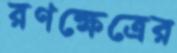
রণক্ষেত্রের